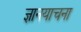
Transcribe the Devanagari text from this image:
ज्ञानयाचना